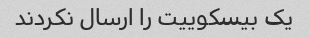
یک بیسکوییت را ارسال نکردند